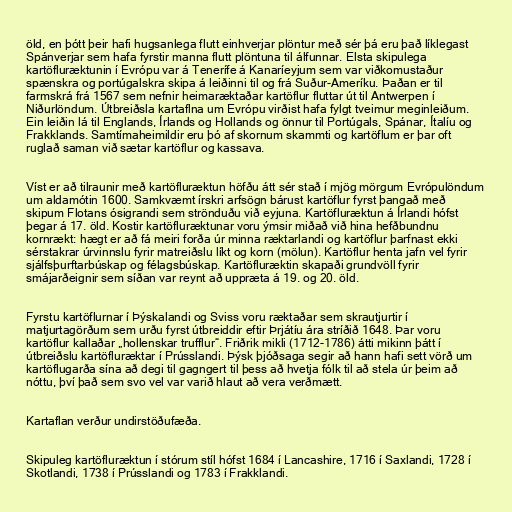
öld, en þótt þeir hafi hugsanlega flutt einhverjar plöntur með sér þá eru það líklegast
Spánverjar sem hafa fyrstir manna flutt plöntuna til álfunnar. Elsta skipulega
kartöfluræktunin í Evrópu var á Tenerífe á Kanaríeyjum sem var viðkomustaður
spænskra og portúgalskra skipa á leiðinni til og frá Suður-Ameríku. Þaðan er til
farmskrá frá 1567 sem nefnir heimaræktaðar kartöflur fluttar út til Antwerpen í
Niðurlöndum. Útbreiðsla kartaflna um Evrópu virðist hafa fylgt tveimur meginleiðum.
Ein leiðin lá til Englands, Írlands og Hollands og önnur til Portúgals, Spánar, Ítalíu og
Frakklands. Samtímaheimildir eru þó af skornum skammti og kartöflum er þar oft
ruglað saman við sætar kartöflur og kassava.

Víst er að tilraunir með kartöfluræktun höfðu átt sér stað í mjög mörgum Evrópulöndum
um aldamótin 1600. Samkvæmt írskri arfsögn bárust kartöflur fyrst þangað með
skipum Flotans ósigrandi sem strönduðu við eyjuna. Kartöfluræktun á Írlandi hófst
þegar á 17. öld. Kostir kartöfluræktunar voru ýmsir miðað við hina hefðbundnu
kornrækt: hægt er að fá meiri forða úr minna ræktarlandi og kartöflur þarfnast ekki
sérstakrar úrvinnslu fyrir matreiðslu líkt og korn (mölun). Kartöflur henta jafn vel fyrir
sjálfsþurftarbúskap og félagsbúskap. Kartöfluræktin skapaði grundvöll fyrir
smájarðeignir sem síðan var reynt að uppræta á 19. og 20. öld.

Fyrstu kartöflurnar í Þýskalandi og Sviss voru ræktaðar sem skrautjurtir í
matjurtagörðum sem urðu fyrst útbreiddir eftir Þrjátíu ára stríðið 1648. Þar voru
kartöflur kallaðar „hollenskar trufflur“. Friðrik mikli (1712-1786) átti mikinn þátt í
útbreiðslu kartöfluræktar í Prússlandi. Þýsk þjóðsaga segir að hann hafi sett vörð um
kartöflugarða sína að degi til gagngert til þess að hvetja fólk til að stela úr þeim að
nóttu, því það sem svo vel var varið hlaut að vera verðmætt.

Kartaflan verður undirstöðufæða.

Skipuleg kartöfluræktun í stórum stíl hófst 1684 í Lancashire, 1716 í Saxlandi, 1728 í
Skotlandi, 1738 í Prússlandi og 1783 í Frakklandi.